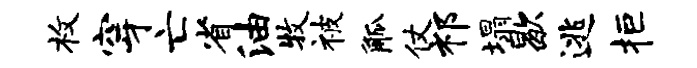
枚穿亡省油牧被觚仗祁塌歇逃拒